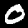
Digit: 0